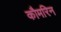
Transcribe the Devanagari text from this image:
कौमरिन